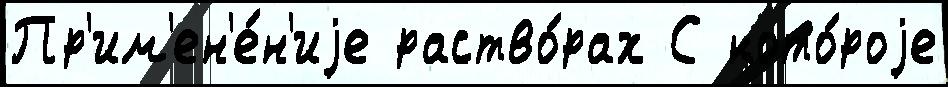
Пр'им'ен'е́н'иjе раство́рах С кото́роjе